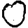
Digit: 0